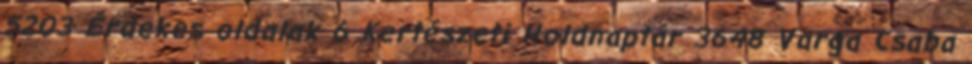
5203 Érdekes oldalak 6 Kertészeti Holdnaptár 3648 Varga Csaba